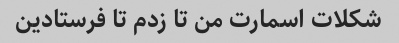
شکلات اسمارت من تا زدم تا فرستادین